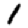
Digit: 1